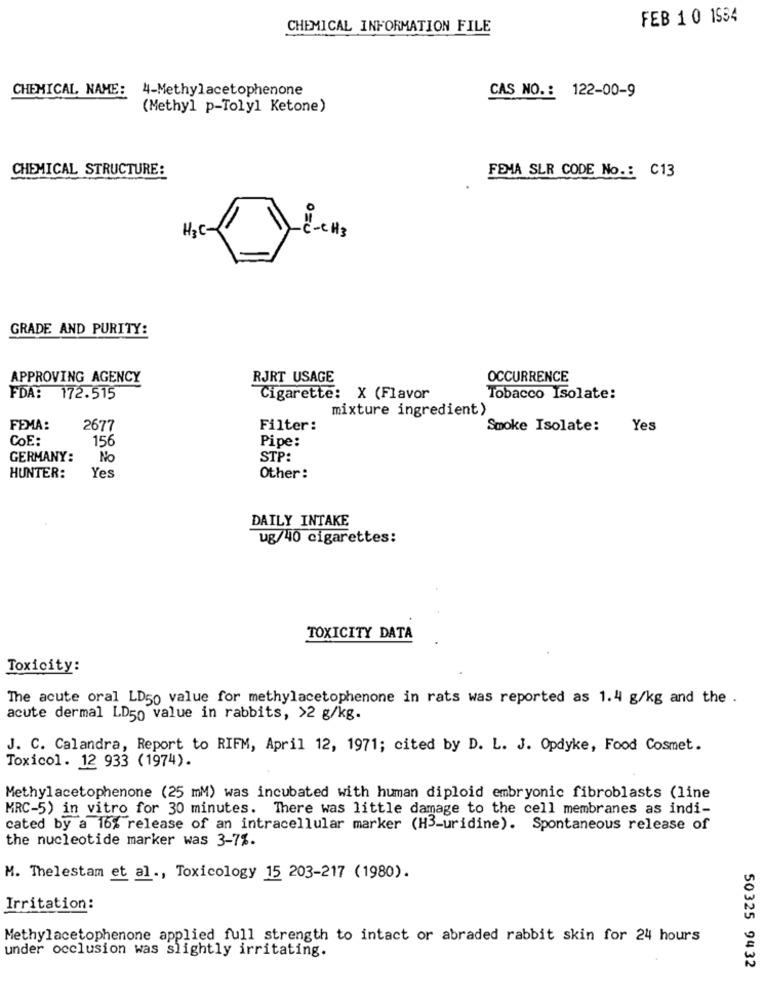
FEB 1 0 1534
CHEMICAL INFORMATION FILE
CHEMICAL NAME:
4-Methylacetophenone
CAS NO .: 122-00-9
(Methyl p-Tolyl Ketone)
CHEMICAL STRUCTURE:
FEMA SLR CODE No .: C13
H3C-
-
-¿ - CH3
GRADE AND PURITY:
APPROVING AGENCY
RJRT USAGE
OCCURRENCE
FDA: 172.515
Cigarette: X (Flavor
Tobacco Isolate:
mixture ingredient)
FEMA:
2677
Filter:
Smoke Isolate:
Yes
COE:
156
Pipe:
GERMANY:
No
STP:
HUNTER:
Yes
Other:
DAILY INTAKE
ug/40 cigarettes:
TOXICITY DATA
Toxicity:
The acute oral LD50 value for methylacetophenone in rats was reported as 1.4 g/kg and the .
acute dermal LD50 value in rabbits, >2 g/kg.
J. C. Calandra, Report to RIFM, April 12, 1971; cited by D. L. J. Opdyke, Food Cosmet.
Toxicol. 12 933 (1974).
Methylacetophenone (25 mM) was incubated with human diploid embryonic fibroblasts (line
MRC-5) in vitro for 30 minutes. There was little damage to the cell membranes as indi-
cated by a 16% release of an intracellular marker (H3-uridine). Spontaneous release of
the nucleotide marker was 3-7%.
M. Thelestam et al ., Toxicology 15 203-217 (1980).
Irritation:
Methylacetophenone applied full strength to intact or abraded rabbit skin for 24 hours
under occlusion was slightly irritating.
50325 9432